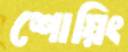
শোয়িং